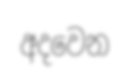
අදවෙන